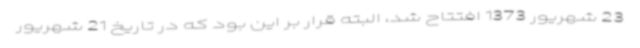
23 شهریور 1373 افتتاح شد، البته قرار بر این بود که در تاریخ 21 شهریور